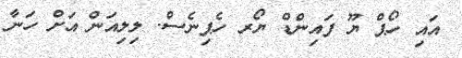
އައި ހޯޕް ޔޫ ފައިންޑް ޔޯރ ހެޕިނެސް. ލިލިއަން އަށް ހަނާ